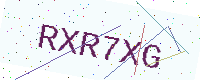
Text: RXR7XG